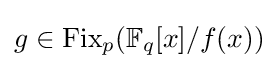
{\textstyle g\in {\text{Fix}}_{p}(\mathbb {F} _{q}[x]/f(x))}